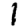
Digit: 1